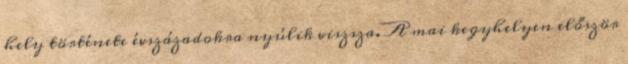
hely története évszázadokra nyúlik viszsza. A mai kegyhelyen először